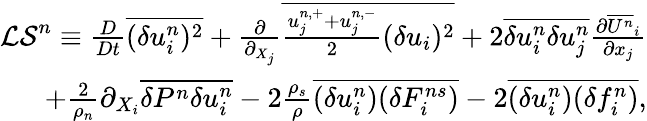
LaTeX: \begin{array}{r}{{\cal LS}^{n}\equiv\frac{D}{Dt}\overline{{(\delta u_{i}^{n})^{2}}}+\frac{\partial}{\partial_{X_{j}}}\overline{{\frac{u_{j}^{n,+}+u_{j}^{n,-}}{2}(\delta u_{i})^{2}}}+2\overline{{\delta u_{i}^{n}\delta u_{j}^{n}}}\frac{\partial\overline{{U^{n}}}_{i}}{\partial x_{j}}}\\ {+\frac{2}{\rho_{n}}\partial_{X_{i}}\overline{{\delta P^{n}\delta u_{i}^{n}}}-2\frac{\rho_{s}}{\rho}\overline{{(\delta u_{i}^{n})(\delta F_{i}^{ns})}}-2\overline{{(\delta u_{i}^{n})(\delta f_{i}^{n})}},}\end{array}